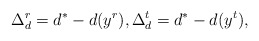
\begin{align*}\Delta_d^r=d^*-d(y^r), \Delta_d^t=d^*-d(y^t),\end{align*}